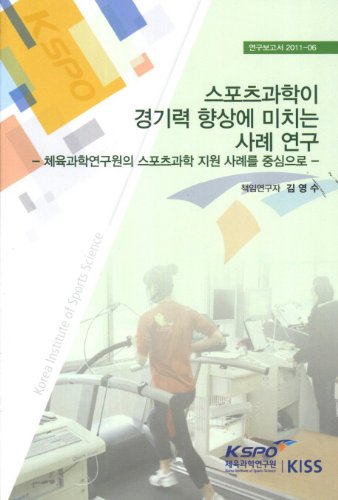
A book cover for Case Studies on performance-enhancing sports science (Korean edition); Sports & Outdoors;